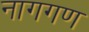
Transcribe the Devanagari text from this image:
नागगण